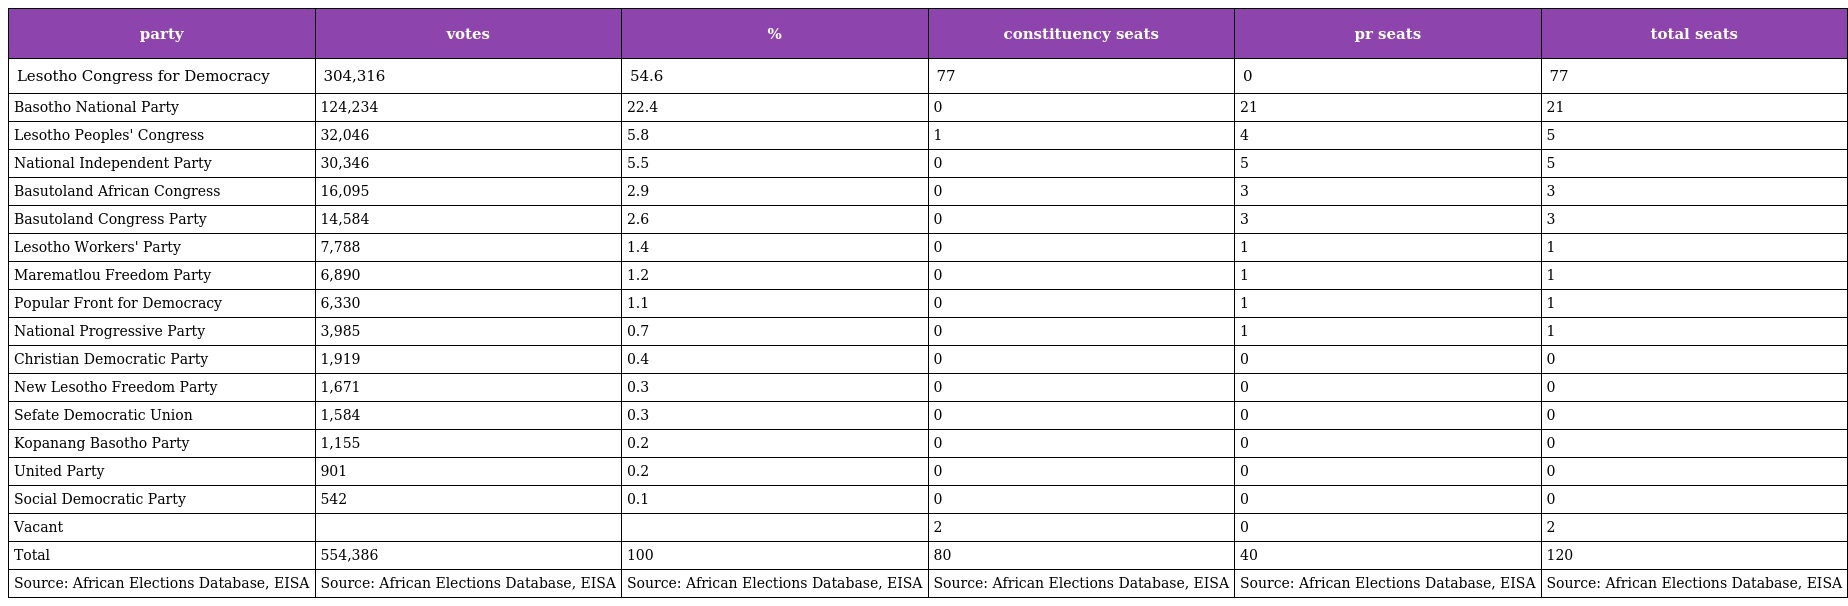
| party | votes | % | constituency seats | pr seats | total seats |
 | --- | --- | --- | --- | --- | --- |
 | Lesotho Congress for Democracy | 304,316 | 54.6 | 77 | 0 | 77 |
 | Basotho National Party | 124,234 | 22.4 | 0 | 21 | 21 |
 | Lesotho Peoples' Congress | 32,046 | 5.8 | 1 | 4 | 5 |
 | National Independent Party | 30,346 | 5.5 | 0 | 5 | 5 |
 | Basutoland African Congress | 16,095 | 2.9 | 0 | 3 | 3 |
 | Basutoland Congress Party | 14,584 | 2.6 | 0 | 3 | 3 |
 | Lesotho Workers' Party | 7,788 | 1.4 | 0 | 1 | 1 |
 | Marematlou Freedom Party | 6,890 | 1.2 | 0 | 1 | 1 |
 | Popular Front for Democracy | 6,330 | 1.1 | 0 | 1 | 1 |
 | National Progressive Party | 3,985 | 0.7 | 0 | 1 | 1 |
 | Christian Democratic Party | 1,919 | 0.4 | 0 | 0 | 0 |
 | New Lesotho Freedom Party | 1,671 | 0.3 | 0 | 0 | 0 |
 | Sefate Democratic Union | 1,584 | 0.3 | 0 | 0 | 0 |
 | Kopanang Basotho Party | 1,155 | 0.2 | 0 | 0 | 0 |
 | United Party | 901 | 0.2 | 0 | 0 | 0 |
 | Social Democratic Party | 542 | 0.1 | 0 | 0 | 0 |
 | Vacant |  |  | 2 | 0 | 2 |
 | Total | 554,386 | 100 | 80 | 40 | 120 |
 | Source: African Elections Database, EISA | Source: African Elections Database, EISA | Source: African Elections Database, EISA | Source: African Elections Database, EISA | Source: African Elections Database, EISA | Source: African Elections Database, EISA |